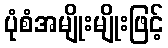
ပုံစံအမျိုးမျိုးဖြင့်